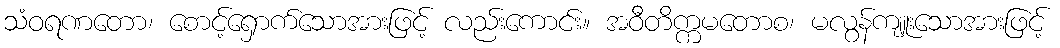
သံဝရဏတော၊ စောင့်ရှောက်သောအားဖြင့် လည်းကောင်း။ အဝီတိက္ကမတောစ၊ မလွန်ကျူးသောအားဖြင့်